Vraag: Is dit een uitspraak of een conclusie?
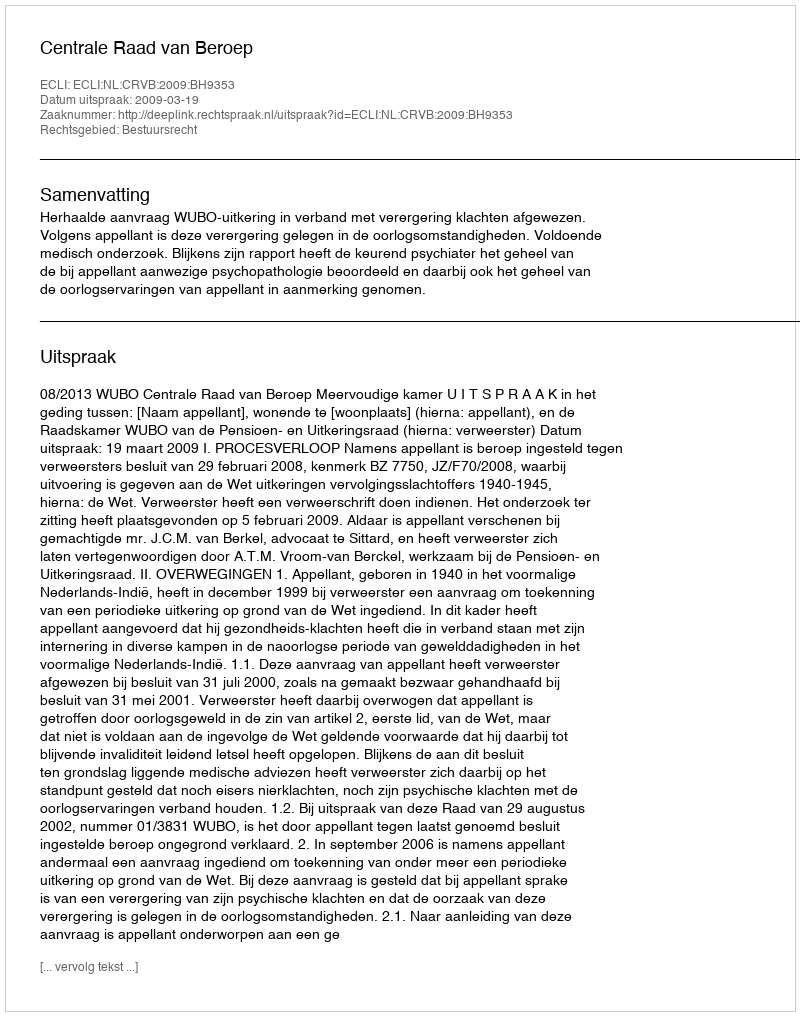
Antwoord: Uitspraak